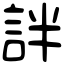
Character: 詊